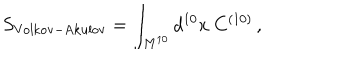
S _ { \mathrm { V o l k o v - A k u l o v } } = \int _ { M ^ { 1 0 } } d ^ { 1 0 } x \ C ^ { ( 1 0 ) } \, ,